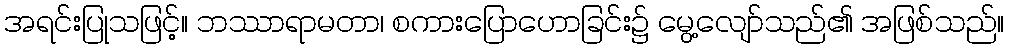
အရင်းပြုသဖြင့်။ ဘဿာရာမတာ၊ စကားပြောဟောခြင်း၌ မွေ့လျော်သည်၏ အဖြစ်သည်။